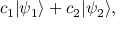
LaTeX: c _ { 1 } | \psi _ { 1 } \rangle + c _ { 2 } | \psi _ { 2 } \rangle ,